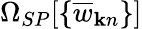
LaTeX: \Omega_{SP}[\{ \overline{{w}}_{{\mathbf k}n}\} ]